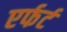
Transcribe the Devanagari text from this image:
एर्फर्ट